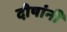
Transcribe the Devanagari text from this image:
दोषांनी